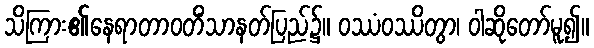
သိကြား၏နေရာတာဝတိံသာနတ်ပြည်၌။ ဝဿံဝဿိတွာ၊ ဝါဆိုတော်မူ၍။